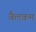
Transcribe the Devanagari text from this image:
वैलकम